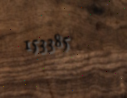
153385